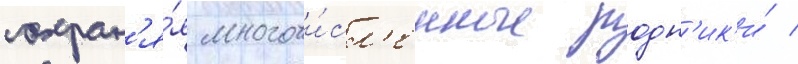
сохран'я́я многочи́сл'енные родн'ик'и́ /